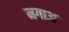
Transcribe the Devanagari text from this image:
मगाअ